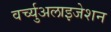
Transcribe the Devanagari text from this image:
वर्च्युअलाइजेशन